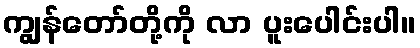
ကျွန်တော်တို့ကို လာ ပူးပေါင်းပါ။